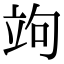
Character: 竘